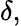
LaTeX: \delta,